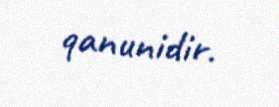
qanunidir.